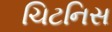
ચિટનિસ